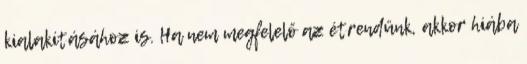
kialakításához is. Ha nem megfelelő az étrendünk, akkor hiába